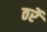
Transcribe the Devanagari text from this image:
ठर्रे